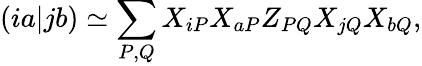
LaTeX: (ia|jb)\simeq\sum_{P,Q}X_{iP}X_{aP}Z_{PQ}X_{jQ}X_{bQ},